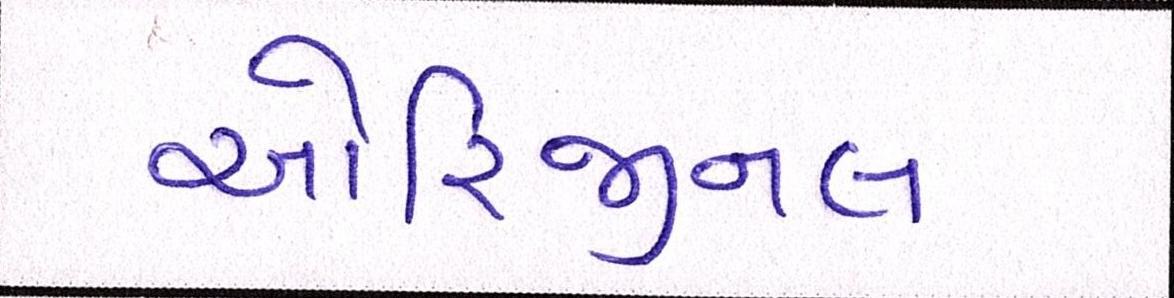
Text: ઓરિજીનલ